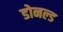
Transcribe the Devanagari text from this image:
डोनल्‍ड